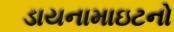
ડાયનામાઇટનો